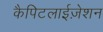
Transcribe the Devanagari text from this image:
कैपिटलाईज़ेशन